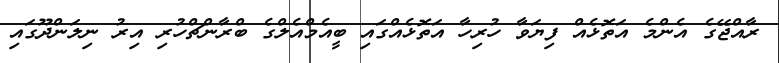
ރާއްޖޭގެ އެންމެ އަތޮޅެއް ފިޔަވާ ހުރިހާ އަތޮޅެއްގައި ބީއެމްއެލްގެ ބްރާންޗްހުރި އިރު ނިލަންދޫގައި